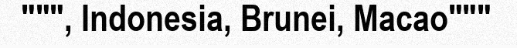
""", Indonesia, Brunei, Macao"""